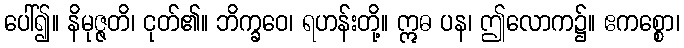
ပေါ်၍။ နိမုဇ္ဇတိ၊ ငုတ်၏။ ဘိက္ခဝေ၊ ရဟန်းတို့။ ဣဓ ပန၊ ဤလောက၌။ ဧကစ္စော၊